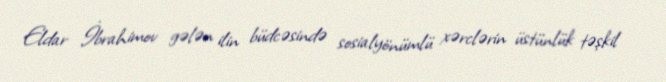
Eldar İbrahimov gələn ilin büdcəsində sosialyönümlü xərclərin üstünlük təşkil